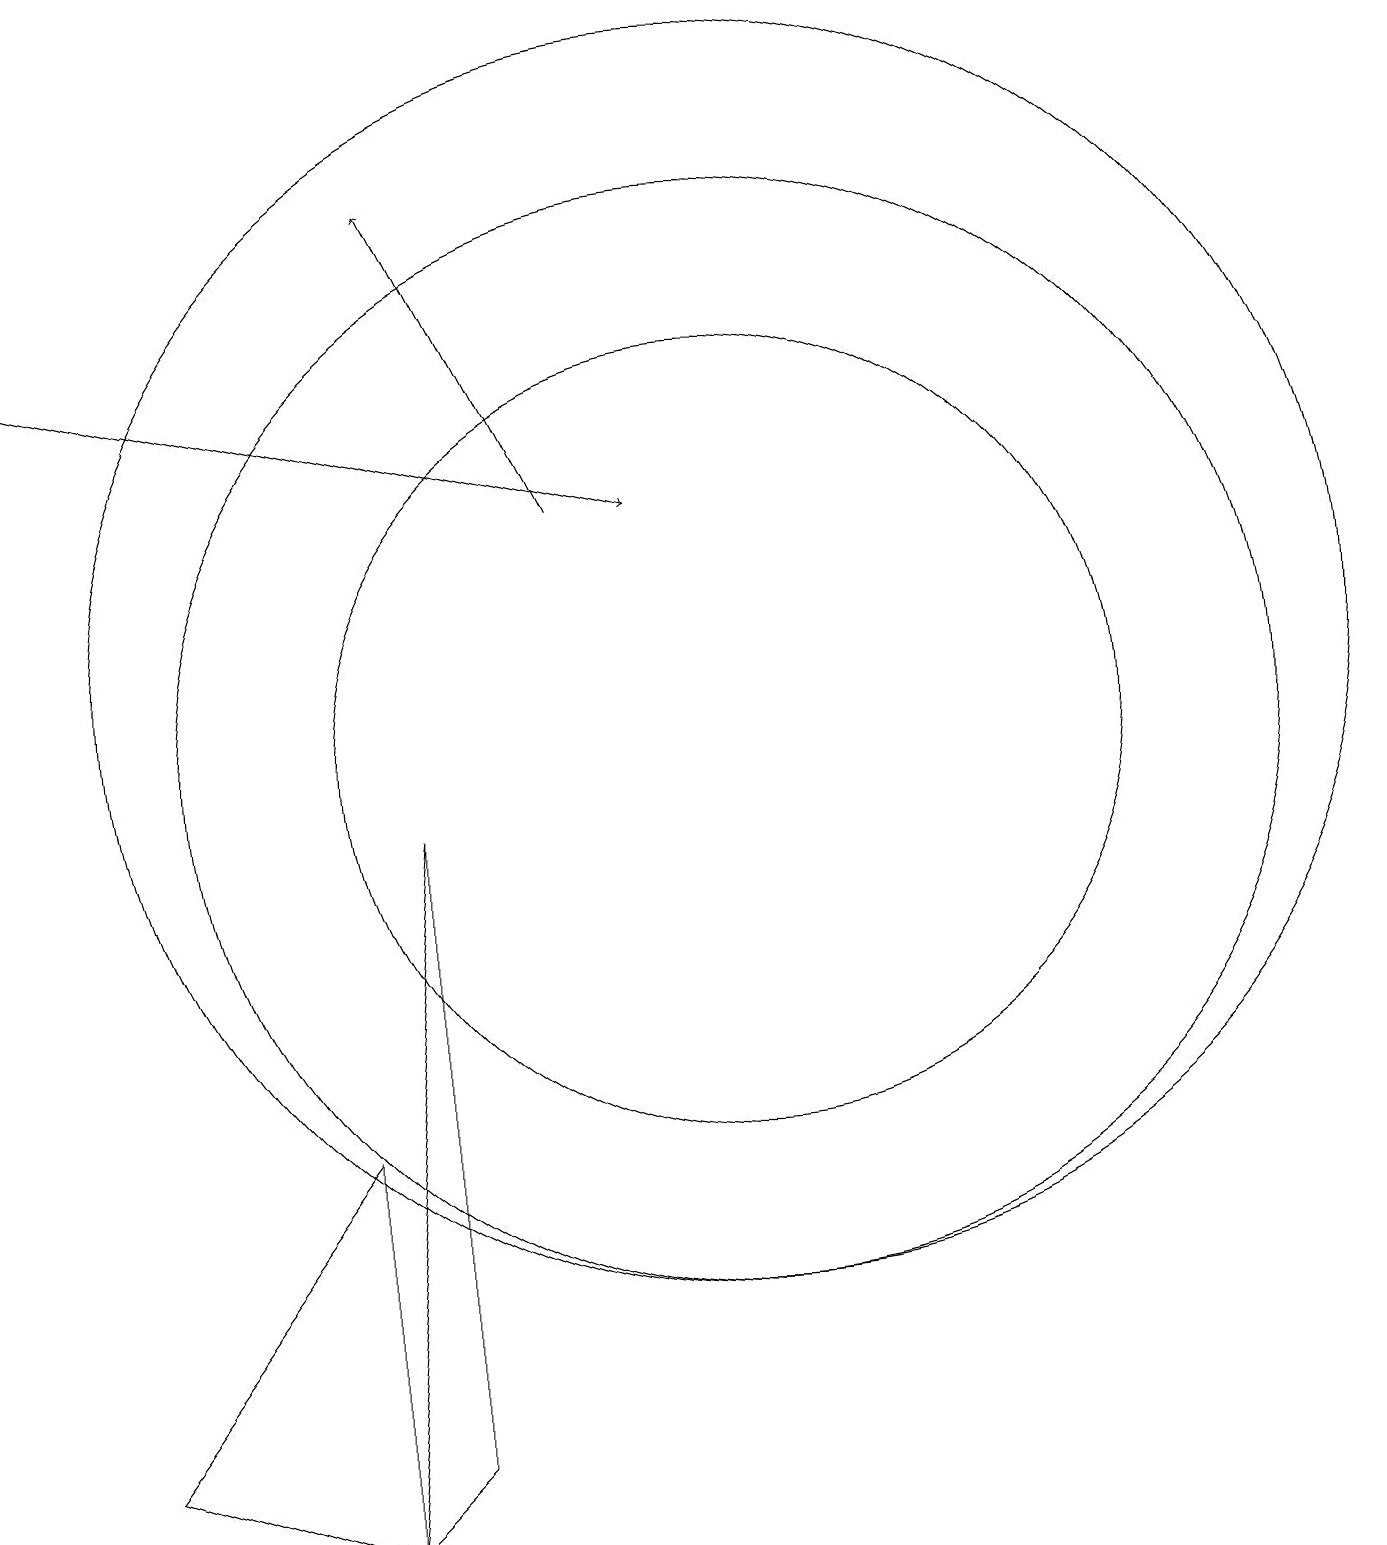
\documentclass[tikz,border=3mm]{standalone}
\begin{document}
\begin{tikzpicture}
\draw (10,11) circle (8);
\draw (6,1) -- (6,9) -- (5,0) -- cycle;
\draw[->] (1,15) -- (9,13);
\draw[->] (8,13) -- (6,17);
\draw (10,10) circle (5);
\draw (10,10) circle (7);
\draw (2,1) -- (5,0) -- (5,5) -- cycle;
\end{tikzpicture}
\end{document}